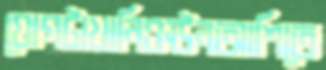
যোগটাখানিওঊনআশিতে